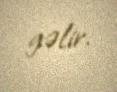
gəlir.